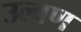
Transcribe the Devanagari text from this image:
उल्वण